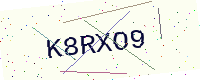
Text: K8RXO9